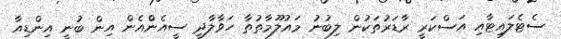
ސެޓެލަައިޓާއި އަސްކަރީ ރާޑަރުތަކުން ލިބުނު މައުލޫމާތުތާ ހަވާލާދީ ސީއެންްއެން އިން ބުނީ އިންޑިއާ